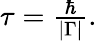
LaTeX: \begin{array}{r}{\tau=\frac{\hbar}{|{\Gamma}|}.}\end{array}